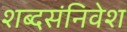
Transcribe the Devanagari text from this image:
शब्दसंनिवेश